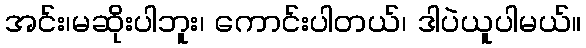
အင်း၊မဆိုးပါဘူး၊ ကောင်းပါတယ်၊ ဒါပဲယူပါမယ်။